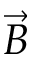
\vec { B }